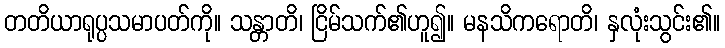
တတိယာရုပ္ပသမာပတ်ကို။ သန္တာတိ၊ ငြိမ်သက်၏ဟူ၍။ မနသိကရောတိ၊ နှလုံးသွင်း၏။